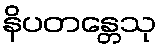
နိပတန္တေသု